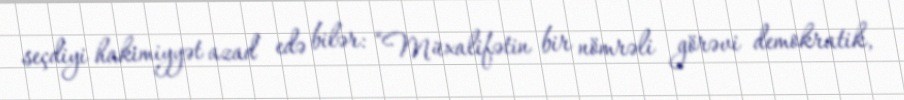
seçdiyi hakimiyyət azad edə bilər: “Müxalifətin bir nömrəli görəvi demokratik,